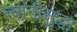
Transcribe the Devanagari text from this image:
त्यांनीसुद्धा